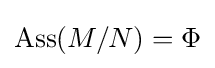
\operatorname {Ass} (M/N)=\Phi